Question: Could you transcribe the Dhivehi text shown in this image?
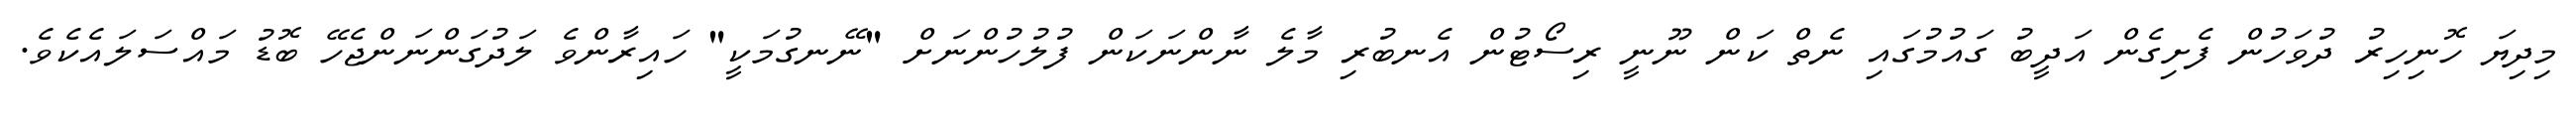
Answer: މިދިޔަ ހޮނިހިރު ދުވަހުން ފެށިގެން އަދީބު ގައުމުގައި ނެތް ކަން ނޫނީ ރިސޯޓުން އެނބުރި މާލެ ނާންނަކަން ފުލުހުންނަށް "ނޭނގުމަކީ" ހައިރާންވެ ލަދުގަންނަންޖެހޭ ބޮޑު މައްސަލައެކެވެ.